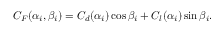
C _ { F } ( \alpha _ { i } , \beta _ { i } ) = C _ { d } ( \alpha _ { i } ) \cos \beta _ { i } + C _ { l } ( \alpha _ { i } ) \sin \beta _ { i } .